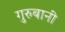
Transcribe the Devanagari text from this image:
गुरुबानी